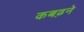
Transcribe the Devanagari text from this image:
कबढ़ने